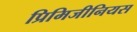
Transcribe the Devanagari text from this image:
प्रिमिजीनियस